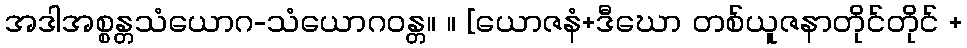
အဒါအစ္စန္တသံယောဂ-သံယောဂဝန္တ။ ။ [ယောဇနံ+ဒီဃော တစ်ယူဇနာတိုင်တိုင် +